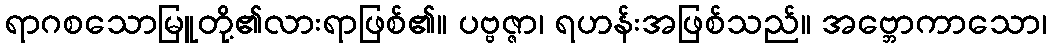
ရာဂစသောမြူတို့၏လားရာဖြစ်၏။ ပဗ္ဗဇ္ဇာ၊ ရဟန်းအဖြစ်သည်။ အဗ္ဘောကာသော၊